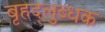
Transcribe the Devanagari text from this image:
बृहद्‌लुब्धक